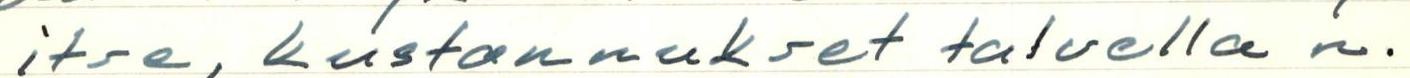
itse, kustannukset talvella n.